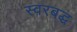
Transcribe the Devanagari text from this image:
स्‍वरबद्ध